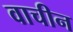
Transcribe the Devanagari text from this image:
वाचीन